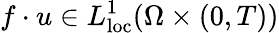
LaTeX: f\cdot u\in L_{\mathrm{loc}}^{1}(\Omega\times(0,T))